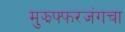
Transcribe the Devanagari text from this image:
मुझफ्फरजंगचा